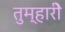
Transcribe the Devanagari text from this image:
तुम्हारीे